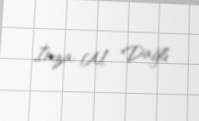
İmza: M. Dağlı